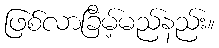
ဖြစ်လာခြိမ့်မည်နည်း။